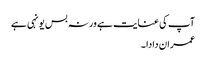
آپ کی عنایت ہے ورنہ بس یونہی ہے
عمران دادا ۔